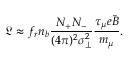
\mathfrak { L } \approx f _ { r } n _ { b } \frac { N _ { + } N _ { - } } { ( 4 \pi ) ^ { 2 } \sigma _ { \perp } ^ { 2 } } \frac { \tau _ { \mu } e \bar { B } } { m _ { \mu } } .